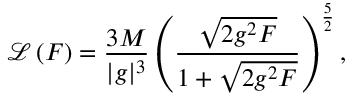
\mathcal { L } \left( F \right) = \frac { 3 M } { \vert g \vert ^ { 3 } } \left( \frac { \sqrt { 2 g ^ { 2 } F } } { 1 + \sqrt { 2 g ^ { 2 } F } } \right) ^ { \frac { 5 } { 2 } } ,